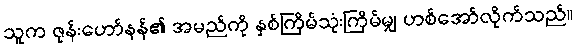
သူက ဇုန်းဟော်နန်၏ အမည်ကို နှစ်ကြိမ်သုံးကြိမ်မျှ ဟစ်အော်လိုက်သည်။